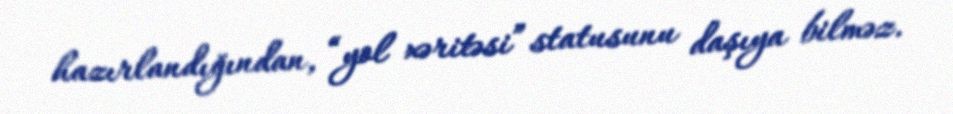
hazırlandığından, “yol xəritəsi” statusunu daşıya bilməz.